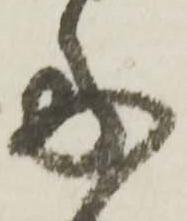
多